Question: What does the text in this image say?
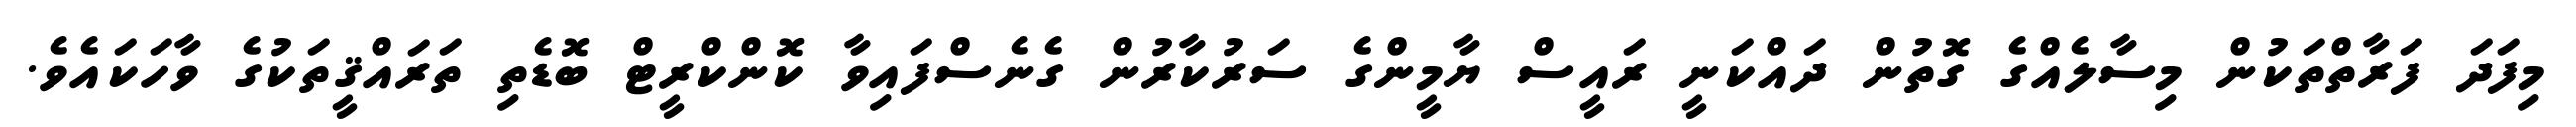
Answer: މިފަދަ ފަރާތްތަކުން މިސާލެއްގެ ގޮތުން ދައްކަނީ ރައީސް ޔާމީންގެ ސަރުކާރުން ގެނެސްފައިވާ ކޮންކްރީޓް ބޮޑެތި ތަރައްޤީތަކުގެ ވާހަކައެވެ.